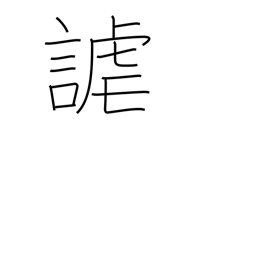
Meaning: sport with